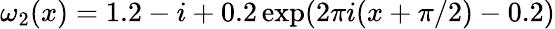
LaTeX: \omega_{2}(x)=1.2-i+0.2\exp(2\pi i(x+\pi/2)-0.2)